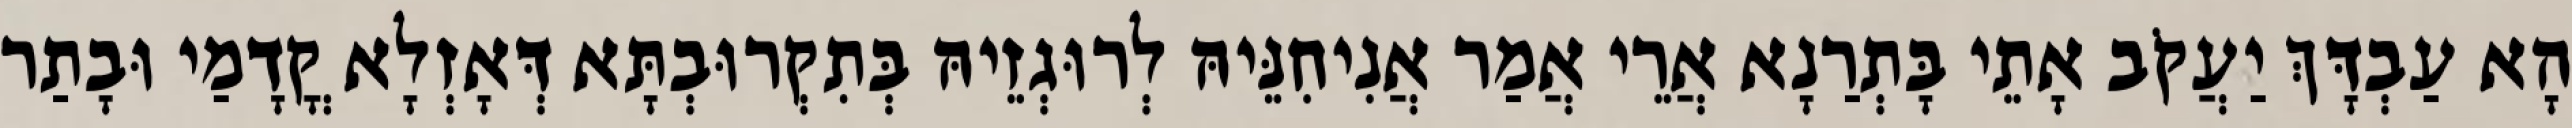
הָא עַבְדָּךְ יַעֲקֹב אָתֵי בָּתְרַנָא אֲרֵי אֲמַר אֲנִיחִנֵּיהּ לְרוּגְזֵיהּ בְּתִקְרוּבְתָּא דְּאָזְלָא קֳדָמַי וּבָתַר